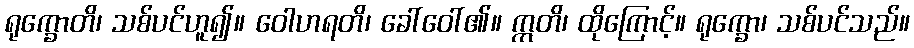
ရုက္ခောတိ၊ သစ်ပင်ဟူ၍။ ဝေါဟရတိ၊ ခေါ်ဝေါ်၏။ ဣတိ၊ ထိုကြောင့်။ ရုက္ခော၊ သစ်ပင်သည်။